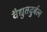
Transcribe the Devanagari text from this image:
वैद्युतदुर्बल